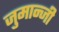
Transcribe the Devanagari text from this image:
जुमान्जी